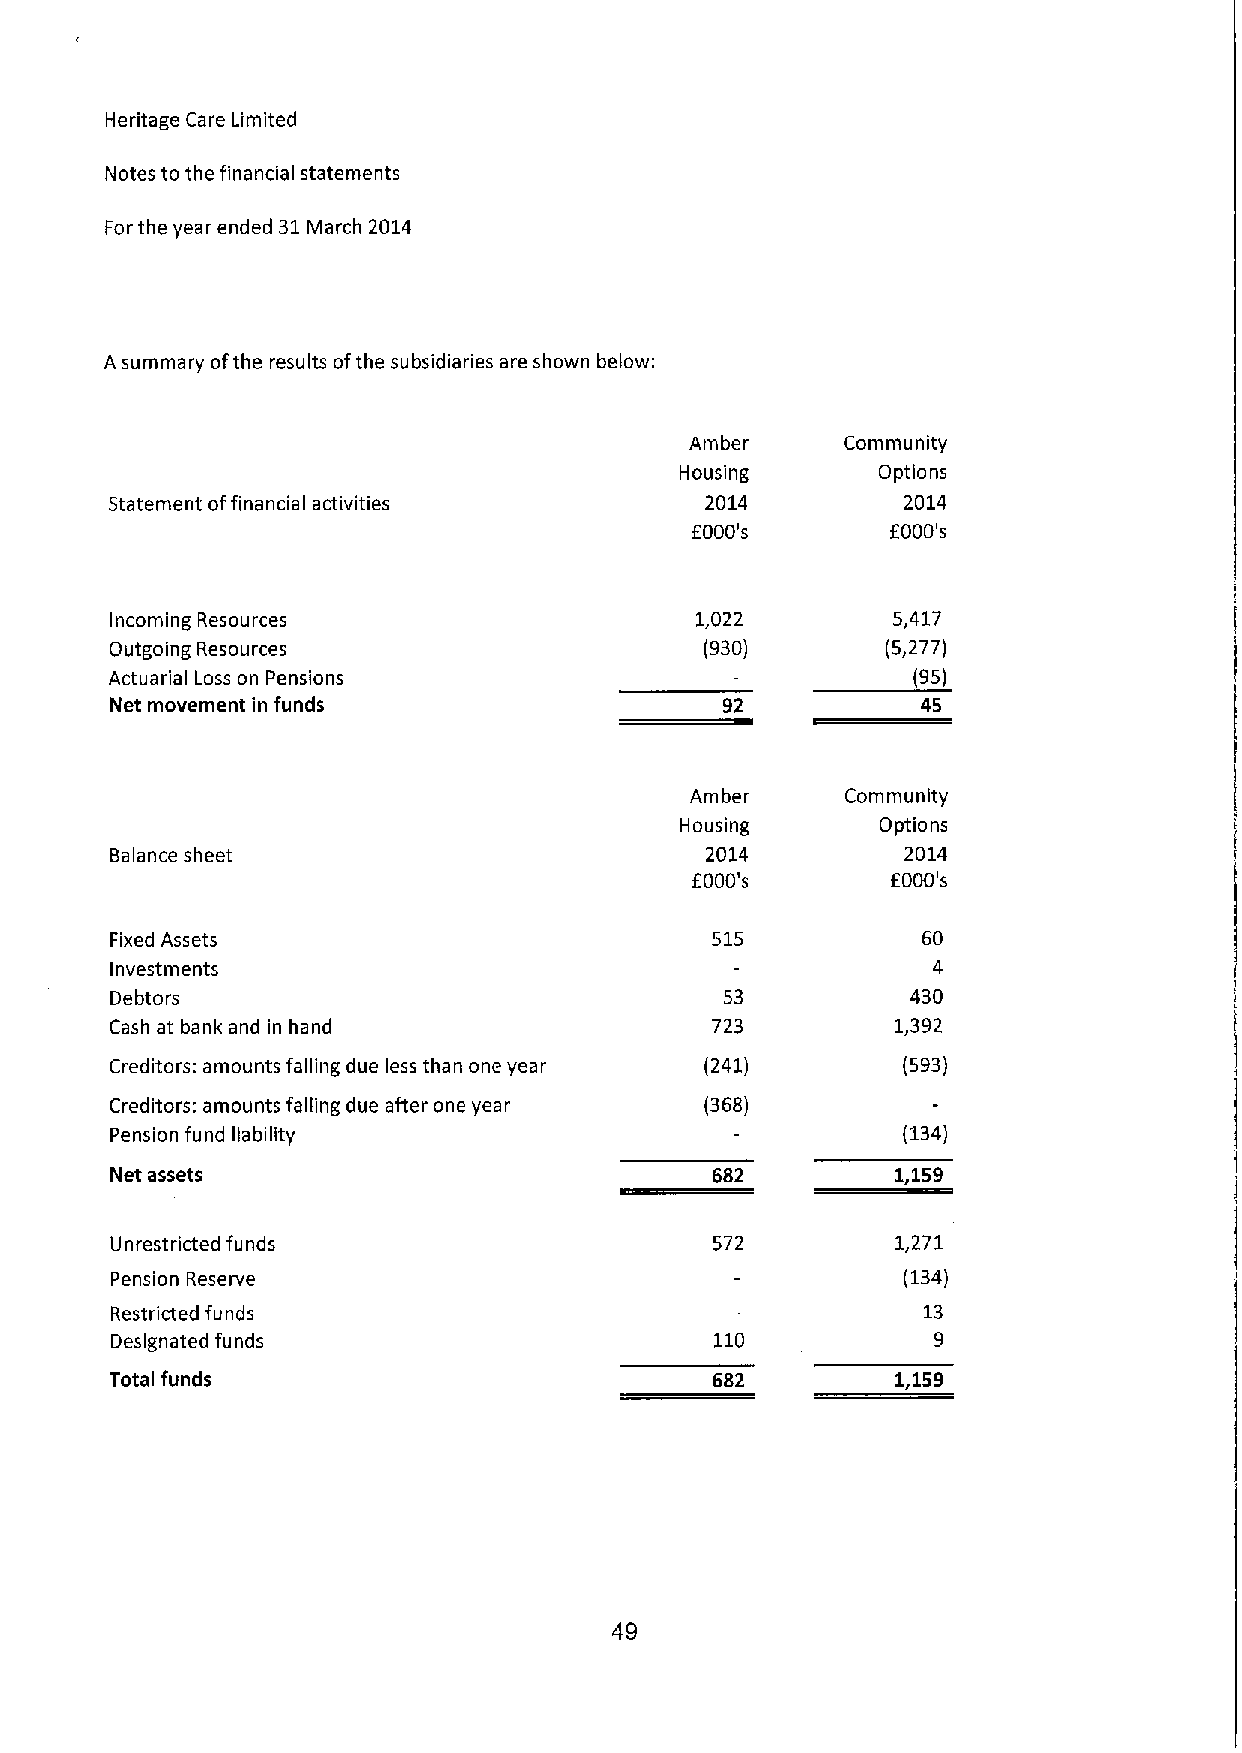
Heritage Care Limited
 Notes to the financial statements
 Forthe year ended 31March 2014
 A summary ofthe results ofthe subsidiaries are shown below:
 Amber     Community
 Housing      Options
 Statement offinancial activities        2014         2014
 f000's       f000's
 Incoming Resources                     1,022        5,417
 Outgoing Resources                      (930)       (5,277)
 Actuarial Loss on Pensions                           (95)
 Net movement in funds                    91           45
 Amber     Community
 Housing      Options
 Balance sheet                           2014         2014
 f000's       f000's
 Fixed Assets                            515           60
 Investments                                            4
 Debtors                                  53          430
 Cash at bank and in hand                723         1,392
 Creditors: amounts falling due less than one year (241) (593)
 Creditors: amounts falling due after one year (368)
 Pension fund liability                               (134)
 Net assets                              682         1,159
 Unrestricted funds                      572         1,271
 Pension Reserve                                      (134)
 Restricted funds                                      13
 Designated funds                        110            9
 Total funds                             682         1,159
 49